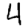
Digit: 4